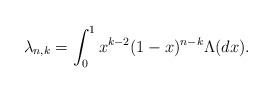
LaTeX: \begin{align*}\lambda_{n,k} = \int_0^1 x^{k-2}(1-x)^{n-k} \Lambda(dx). \end{align*}